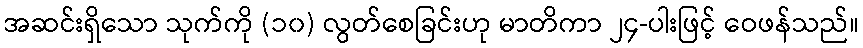
အဆင်းရှိသော သုက်ကို (၁၀) လွတ်စေခြင်းဟု မာတိကာ ၂၄-ပါးဖြင့် ဝေဖန်သည်။